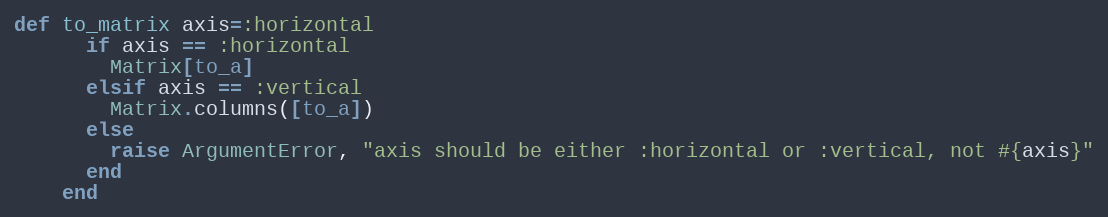
Language: Ruby
def to_matrix axis=:horizontal
      if axis == :horizontal
        Matrix[to_a]
      elsif axis == :vertical
        Matrix.columns([to_a])
      else
        raise ArgumentError, "axis should be either :horizontal or :vertical, not #{axis}"
      end
    end